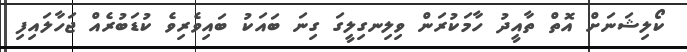
ކޯލިޝަނަށް އޮތް ތާއީދު ހާމަކުރަން ވިލިނގިލީގަ ގިނަ ބައަކު ބައިވެރިވެ ކުޑަބުރެއް ޖަހާލައިފި